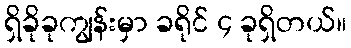
ရှိခိုခုကျွန်းမှာ ခရိုင် ၄ ခုရှိတယ်။